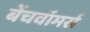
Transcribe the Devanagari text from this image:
बेंचवॉमर्स